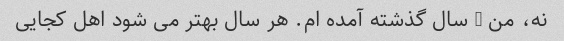
نه، من 3 سال گذشته آمده ام. هر سال بهتر می شود اهل کجایی